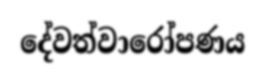
දේවත්වාරෝපණය